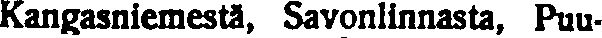
Kangasniemestä, Savonlinnasta, Puu-